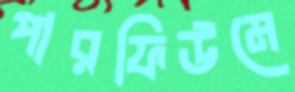
পারফিউমে